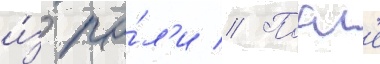
и́з ро́л'и // Посл'е